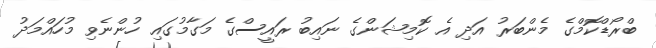
ބްރޯޑްކޮމްގެ މެންބަރު އަދި އެ ކޮމިޝަންގެ ނައިބު ރައީސްގެ މަގާމުގައި ހުންނެވި މުހައްމަދު